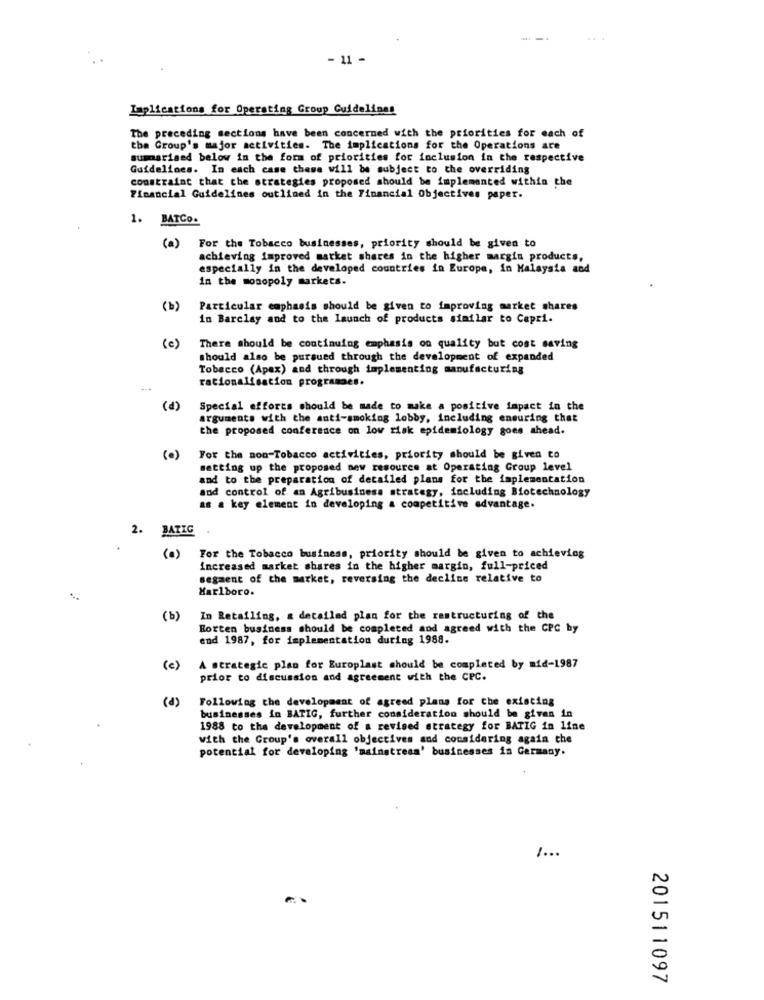
- 11 -
Laplications for Operating Group Guidelines
The preceding sections have been concerned with the priorities for each of
the Group's major activities. The implications for the Operations are
summarised below in the form of priorities for inclusion in the respective
Guidelines. In each case these will be subject to the overriding
constraint that the strategies proposed should be implemented within che
Financial Guidelines outlined in the Financial Objectives paper.
1. BATCO.
(a) For the Tobacco businesses, priority should be given to
achieving improved market shares in the higher margin products,
especially in the developed countries in Europe, in Malaysia and
in the monopoly markets.
(b)
Particular emphasis should be given to improving market shares
in Barclay and to the launch of products similar to Capri.
(c)
There should be continuing emphasis on quality but cost saving
should also be pursued through the development of expanded
Tobacco (Apex) and through implementing manufacturing
rationalisation programaes.
(P)
Special efforts should be made to make a positive impact in the
arguments with the anti-smoking lobby, including ensuring that
the proposed conference on low risk epidemiology goes ahead.
(0)
For the non-Tobacco activities, priority should be given to
setting up the proposed new resource at Operating Croup level
and to the preparation of detailed plans for the implementation
and control of an Agribusiness strategy, including Biotechnology
as a key element in developing a competitive advantage.
2.
BATIC
(0)
For the Tobacco business, priority should be given to achieving
increased market shares in the higher margin, full-priced
segment of the market, reversing the decline relative to
Marlboro.
(b)
In Retailing, a detailed plan for the restructuring of the
Borten business should be completed and agreed with the CPC by
end 1987, for implementation during 1988.
(c)
A strategic plan for Europlast should be completed by mid-1987
prior to discussion and agreement with the CPC.
(d)
Following the development of agreed plans for the existing
businesses in BATIG, further consideration should be given in
1988 to the development of a revised strategy for BATIG in line
with the Group's overall objectives and considering again che
potential for developing 'mainstream' businesses in Germany.
201511097